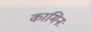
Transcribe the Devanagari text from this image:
कामिनः